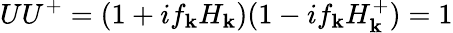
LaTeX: UU^{+}=(1+if_{\mathbf{k}}H_{\mathbf{k}})(1-if_{\mathbf{k}}H_{\mathbf{k}}^{+})=1